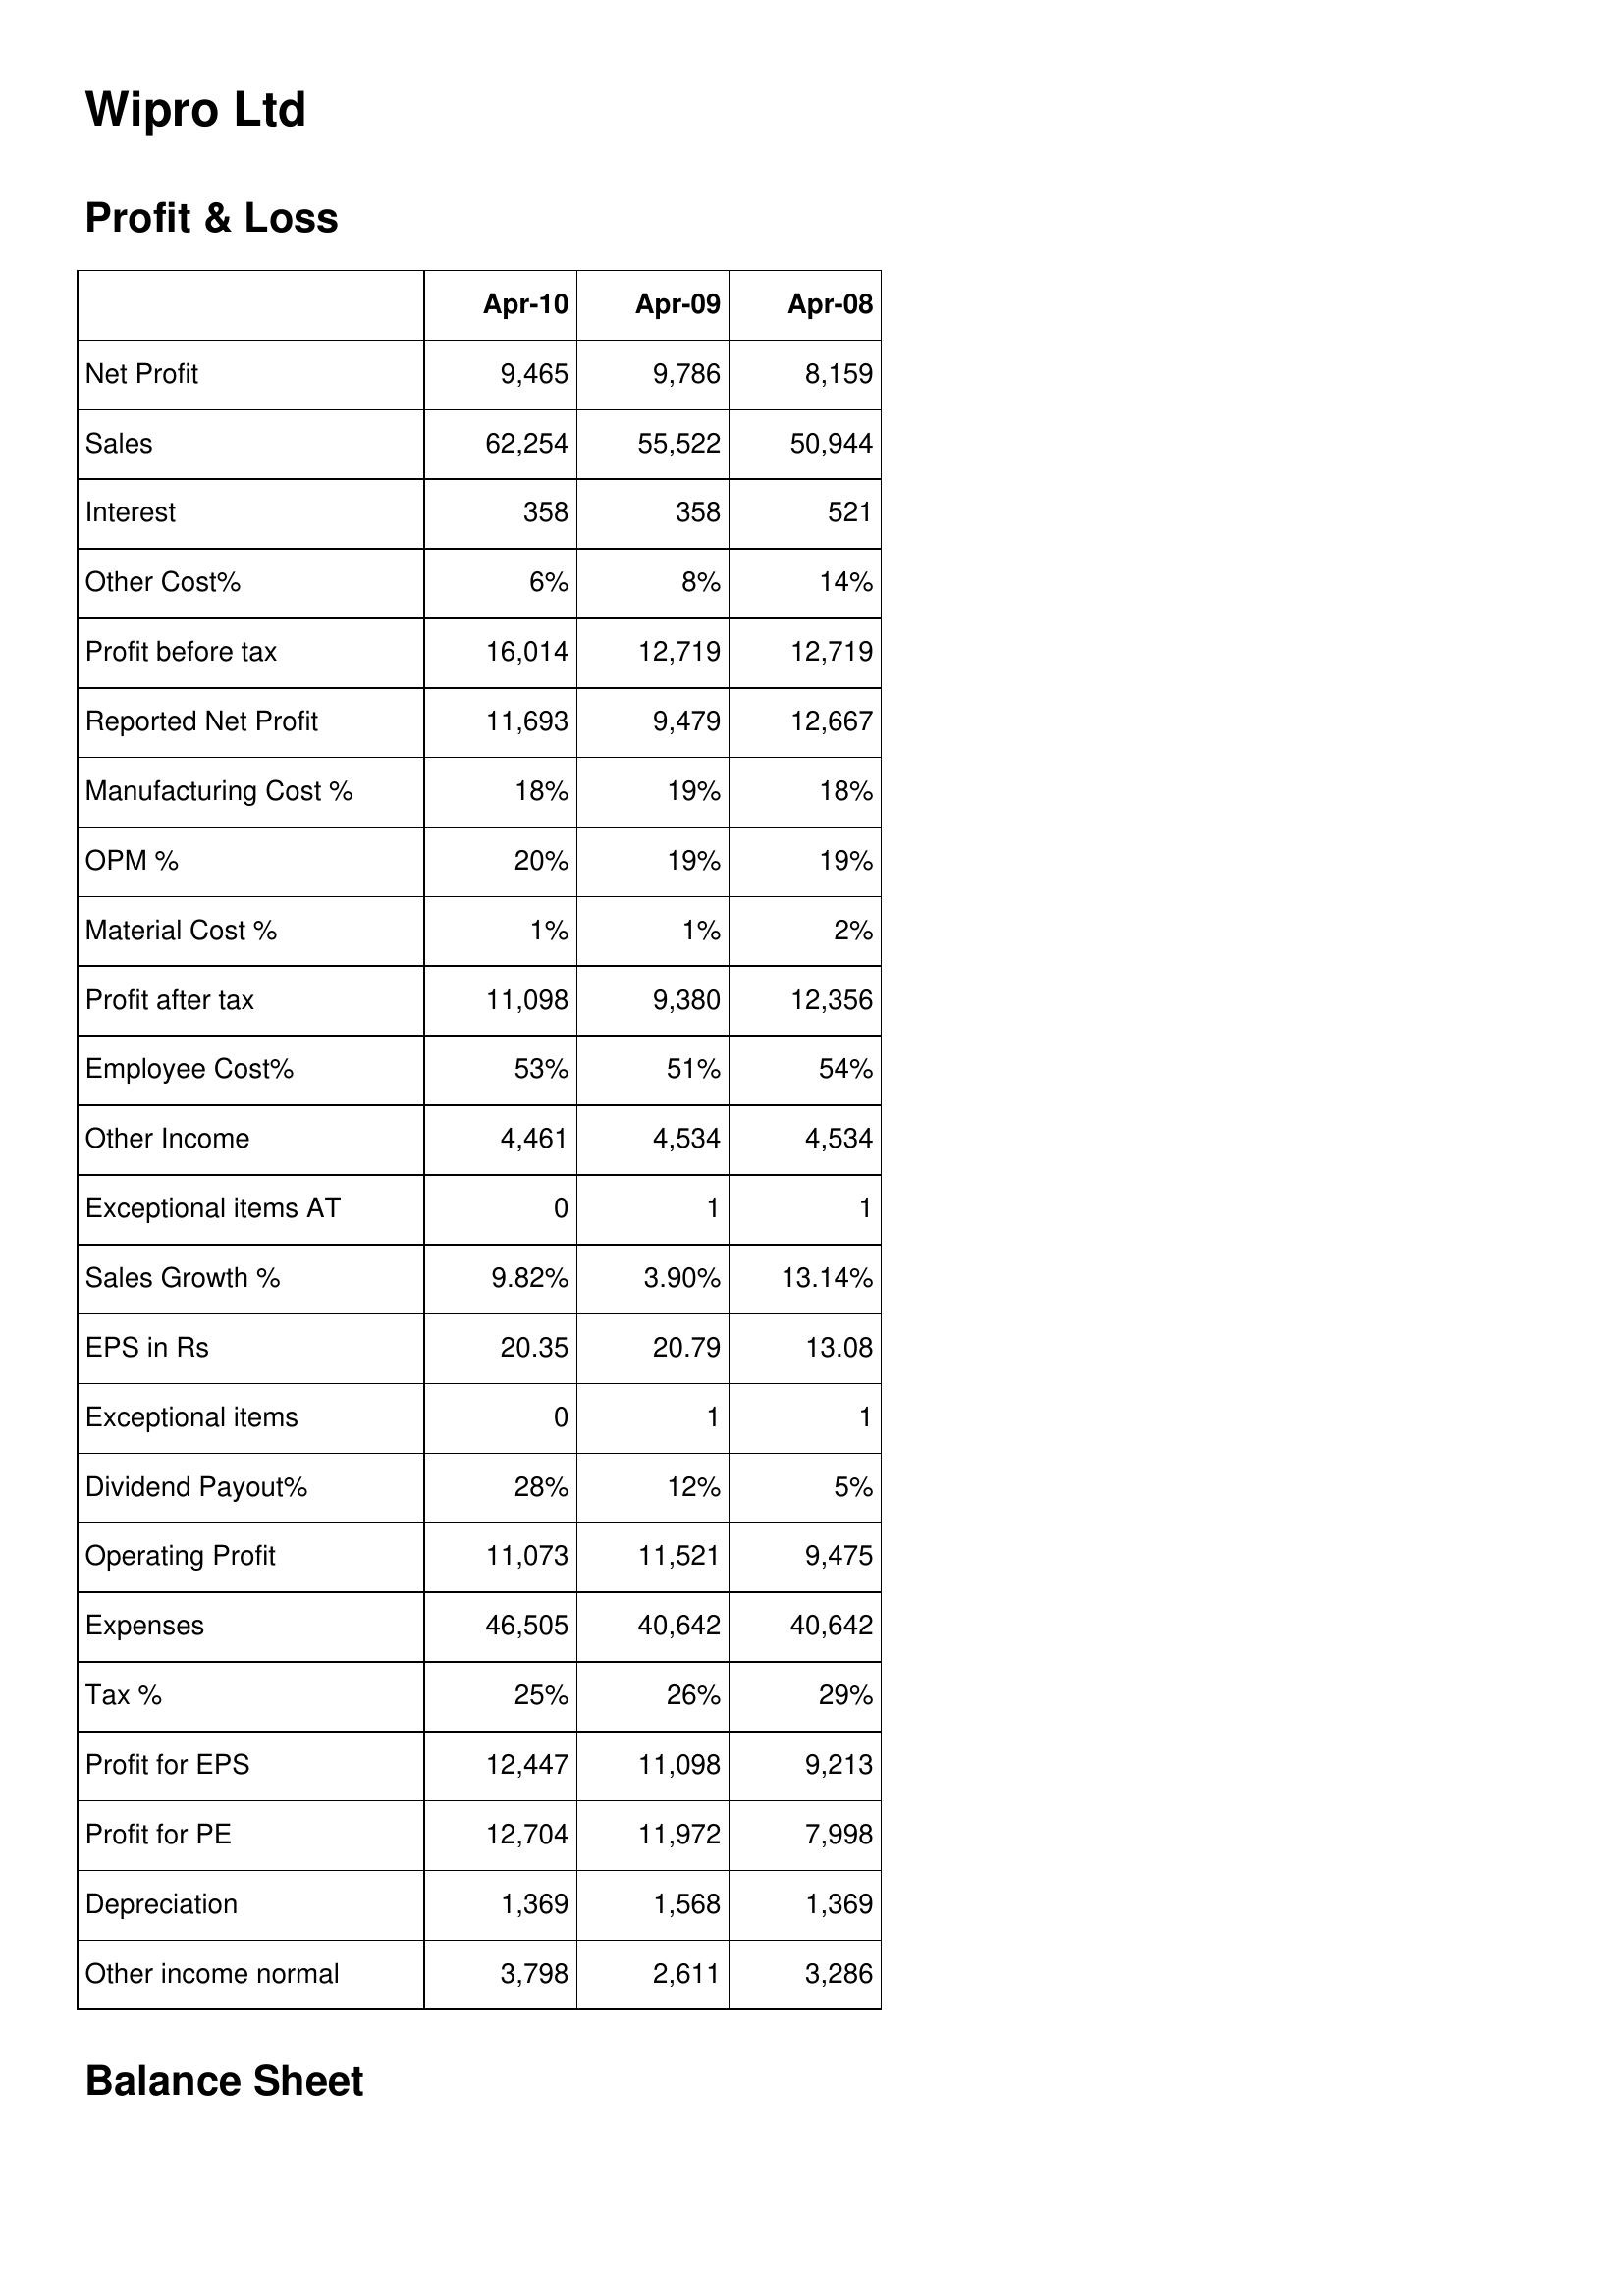
Apr-10: Profit & Loss: Net Profit: 9,465
Sales: 62,254
Interest: 358
Other Cost%: 6%
Profit before tax: 16,014
Reported Net Profit: 11,693
Manufacturing Cost %: 18%
OPM %: 20%
Material Cost %: 1%
Profit after tax: 11,098
Employee Cost%: 53%
Other Income: 4,461
Exceptional items AT: 0
Sales Growth %: 9.82%
EPS in Rs: 20.35
Exceptional items: 0
Dividend Payout%: 28%
Operating Profit: 11,073
Expenses: 46,505
Tax %: 25%
Profit for EPS: 12,447
Profit for PE: 12,704
Depreciation: 1,369
Other income normal: 3,798
Apr-09: Profit & Loss: Net Profit: 9,786
Sales: 55,522
Interest: 358
Other Cost%: 8%
Profit before tax: 12,719
Reported Net Profit: 9,479
Manufacturing Cost %: 19%
OPM %: 19%
Material Cost %: 1%
Profit after tax: 9,380
Employee Cost%: 51%
Other Income: 4,534
Exceptional items AT: 1
Sales Growth %: 3.90%
EPS in Rs: 20.79
Exceptional items: 1
Dividend Payout%: 12%
Operating Profit: 11,521
Expenses: 40,642
Tax %: 26%
Profit for EPS: 11,098
Profit for PE: 11,972
Depreciation: 1,568
Other income normal: 2,611
Apr-08: Profit & Loss: Net Profit: 8,159
Sales: 50,944
Interest: 521
Other Cost%: 14%
Profit before tax: 12,719
Reported Net Profit: 12,667
Manufacturing Cost %: 18%
OPM %: 19%
Material Cost %: 2%
Profit after tax: 12,356
Employee Cost%: 54%
Other Income: 4,534
Exceptional items AT: 1
Sales Growth %: 13.14%
EPS in Rs: 13.08
Exceptional items: 1
Dividend Payout%: 5%
Operating Profit: 9,475
Expenses: 40,642
Tax %: 29%
Profit for EPS: 9,213
Profit for PE: 7,998
Depreciation: 1,369
Other income normal: 3,286